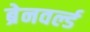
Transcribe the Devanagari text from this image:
ब्रेनवर्ल्ड